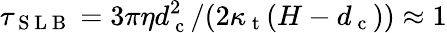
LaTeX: \tau_{\mathrm{~S~L~B~}}=3\pi\eta d_{\mathrm{~c~}}^{2}/(2\kappa_{\mathrm{~t~}}(H-d_{\mathrm{~c~}}))\approx 1